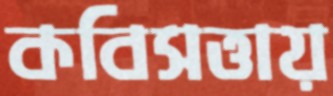
কবিসত্তায়